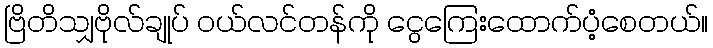
ဗြိတိသျှဗိုလ်ချုပ် ဝယ်လင်တန်ကို ငွေကြေးထောက်ပံ့စေတယ်။